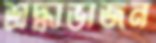
শ্রদ্ধাভাজন